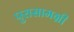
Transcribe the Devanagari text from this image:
पुरासामग्री